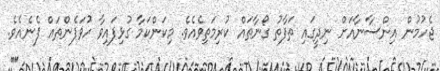
ޖެހުމުން އިންސާނާއަށް ނިދީގައި ތަފާތު ގޯނާތައް ކުރިމަތިވެއެވެ. މިކަންކަމާ ގުޅިފައިވާ ހުވަފެންތައް ފެނެއެވެ.